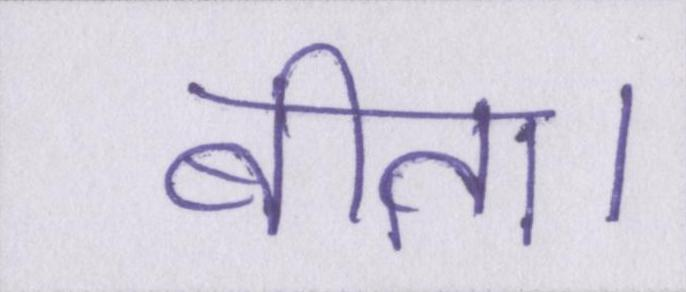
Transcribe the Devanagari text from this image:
बीता।